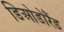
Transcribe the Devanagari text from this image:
डिओडोरैंड